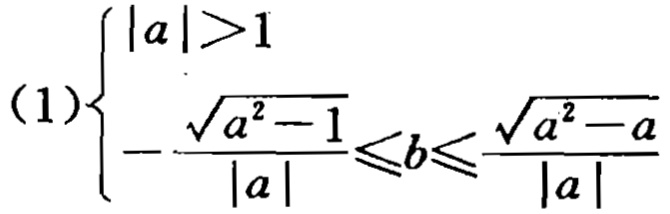
\[(1)\left\{\begin{array}{l}
|a|>1\\
-\frac{\sqrt{a^{2}-1}}{|a|}\leqslant b\leqslant\frac{\sqrt{a^{2}-a}}{|a|}
\end{array}\right.\]